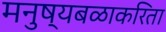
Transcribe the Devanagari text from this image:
मनुष्यबळाकरिता